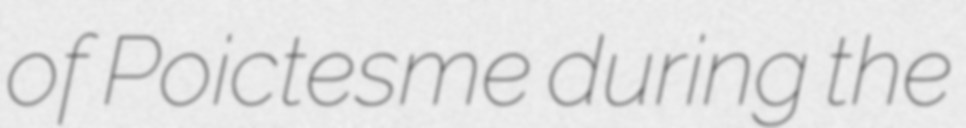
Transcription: of Poictesme during the